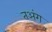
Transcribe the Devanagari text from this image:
तअंग